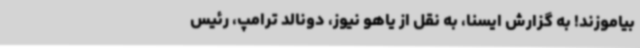
بیاموزند! به گزارش ایسنا، به نقل از یاهو نیوز، دونالد ترامپ، رئیس